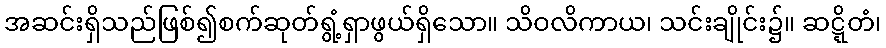
အဆင်းရှိသည်ဖြစ်၍စက်ဆုတ်ရွံ့ရှာဖွယ်ရှိသော။ သိဝလိကာယ၊ သင်းချိုင်း၌။ ဆဋ္ဋိတံ၊